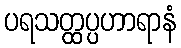
ပရသတ္ထပ္ပဟာရာနံ